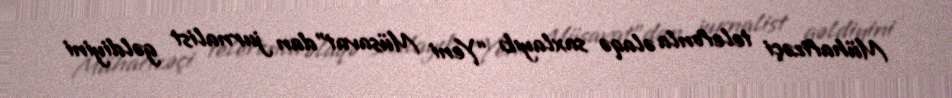
Mühafizəçi telefonla əlaqə saxlayıb “Yeni Müsavat”dan jurnalist gəldiyini